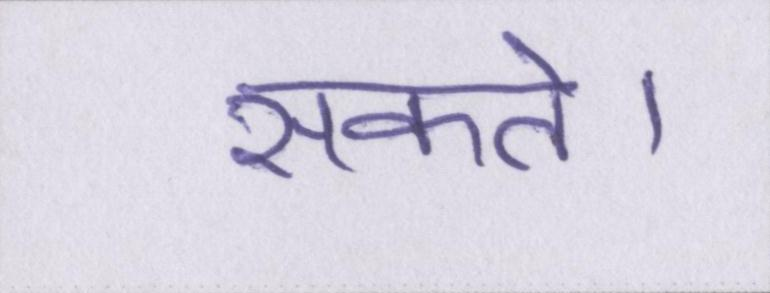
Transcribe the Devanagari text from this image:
सकते।